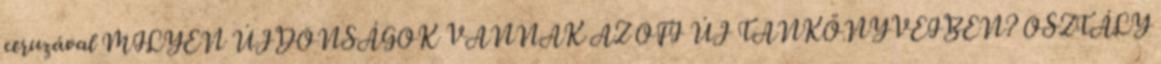
ceruzával MILYEN ÚJDONSÁGOK VANNAK AZ OFI ÚJ TANKÖNYVEIBEN? OSZTÁLY